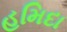
હમિદા